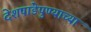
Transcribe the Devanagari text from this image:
देशपांडेपुण्याच्या